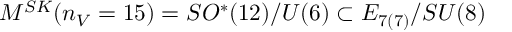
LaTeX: { \cal M } ^ { S K } ( n _ { V } = 1 5 ) = S O ^ { * } ( 1 2 ) / U ( 6 ) \subset E _ { 7 ( 7 ) } / S U ( 8 )